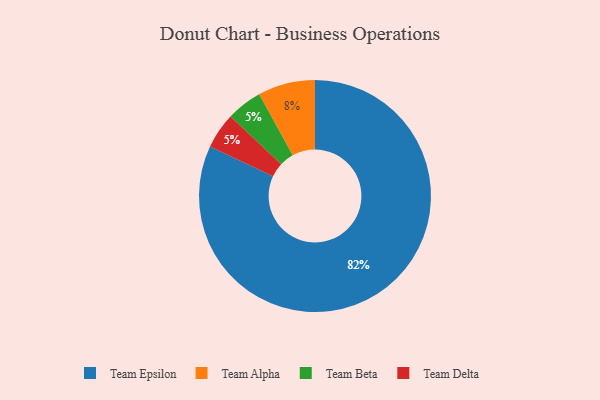
{"axis": {"x": "Category", "y": "Percentage"}, "legend": ["Team Alpha", "Team Beta", "Team Delta", "Team Epsilon"], "data": [{"x": "Team Alpha", "y": 8, "type": "Team Alpha"}, {"x": "Team Beta", "y": 5, "type": "Team Beta"}, {"x": "Team Epsilon", "y": 82, "type": "Team Epsilon"}, {"x": "Team Delta", "y": 5, "type": "Team Delta"}]}